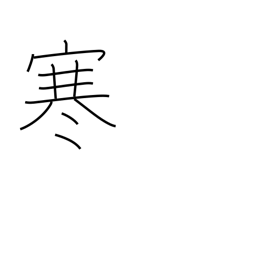
Meaning: cold